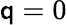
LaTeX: \mathsf{q}=0